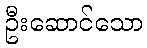
ဦးဆောင်သော